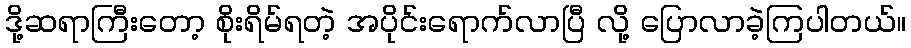
ဒို့ဆရာကြီးတော့ စိုးရိမ်ရတဲ့ အပိုင်းရောက်လာပြီ လို့ ပြောလာခဲ့ကြပါတယ်။